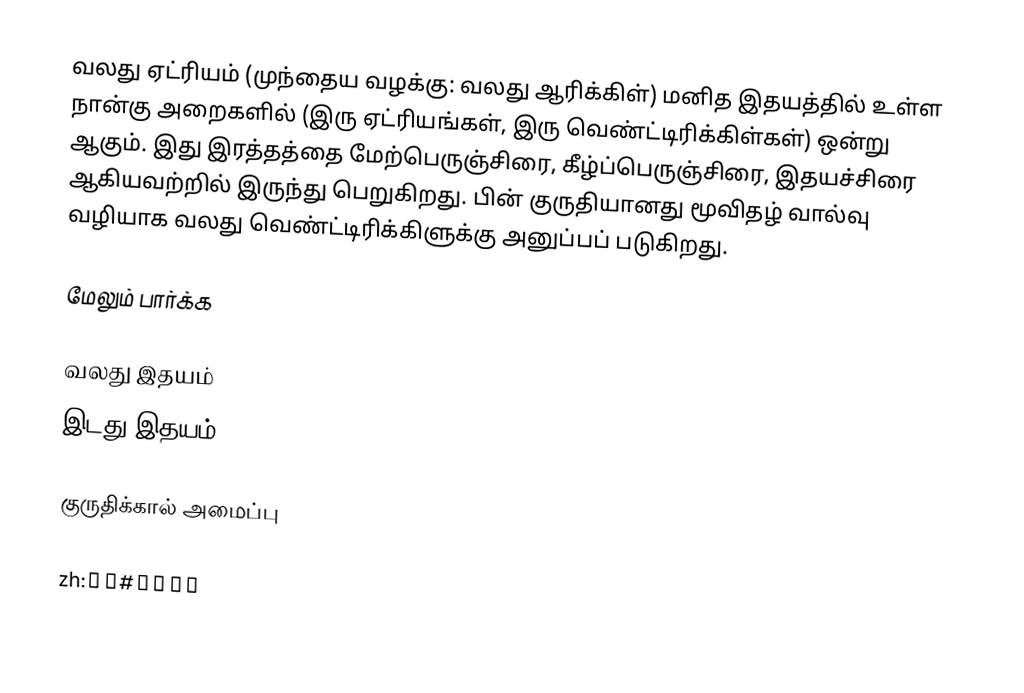
வலது ஏட்ரியம் (முந்தைய வழக்கு: வலது ஆரிக்கிள்) மனித இதயத்தில் உள்ள நான்கு அறைகளில் (இரு ஏட்ரியங்கள், இரு வெண்ட்டிரிக்கிள்கள்) ஒன்று ஆகும். இது இரத்தத்தை மேற்பெருஞ்சிரை, கீழ்ப்பெருஞ்சிரை, இதயச்சிரை ஆகியவற்றில் இருந்து பெறுகிறது. பின் குருதியானது மூவிதழ் வால்வு வழியாக வலது வெண்ட்டிரிக்கிளுக்கு அனுப்பப் படுகிறது.

மேலும் பார்க்க

 வலது இதயம்
 இடது இதயம்

குருதிக்கால் அமைப்பு

zh:心臟#心房心室